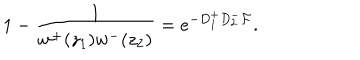
LaTeX: 1 - \frac 1 { w ^ { + } ( z _ { 1 } ) w ^ { - } ( z _ { 2 } ) } = e ^ { - D _ { 1 } ^ { + } D _ { 2 } ^ { - } { \cal F } } .